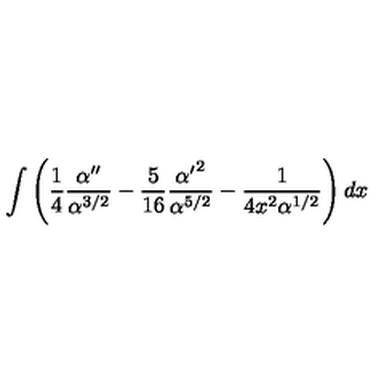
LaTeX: \int \left( { \frac { 1 } { 4 } } { \frac { \alpha ^ { \prime \prime } } { \alpha ^ { 3 / 2 } } } - { \frac { 5 } { 1 6 } } { \frac { { \alpha ^ { \prime } } ^ { 2 } } { \alpha ^ { 5 / 2 } } } - { \frac { 1 } { 4 x ^ { 2 } \alpha ^ { 1 / 2 } } } \right) d x